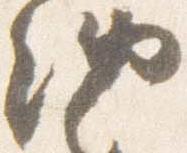
納